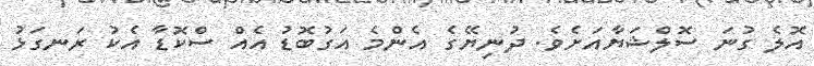
އޮލެ ގުނަ ސޮލްޝަޔާއަށެވެ. ދުނިޔޭގެ އެންމެ އަގުބޮޑު އެއް ސްކޮޑާ އެކު ރަނގަޅު